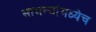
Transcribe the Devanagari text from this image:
सामन्यांमध्येच